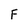
Character: F